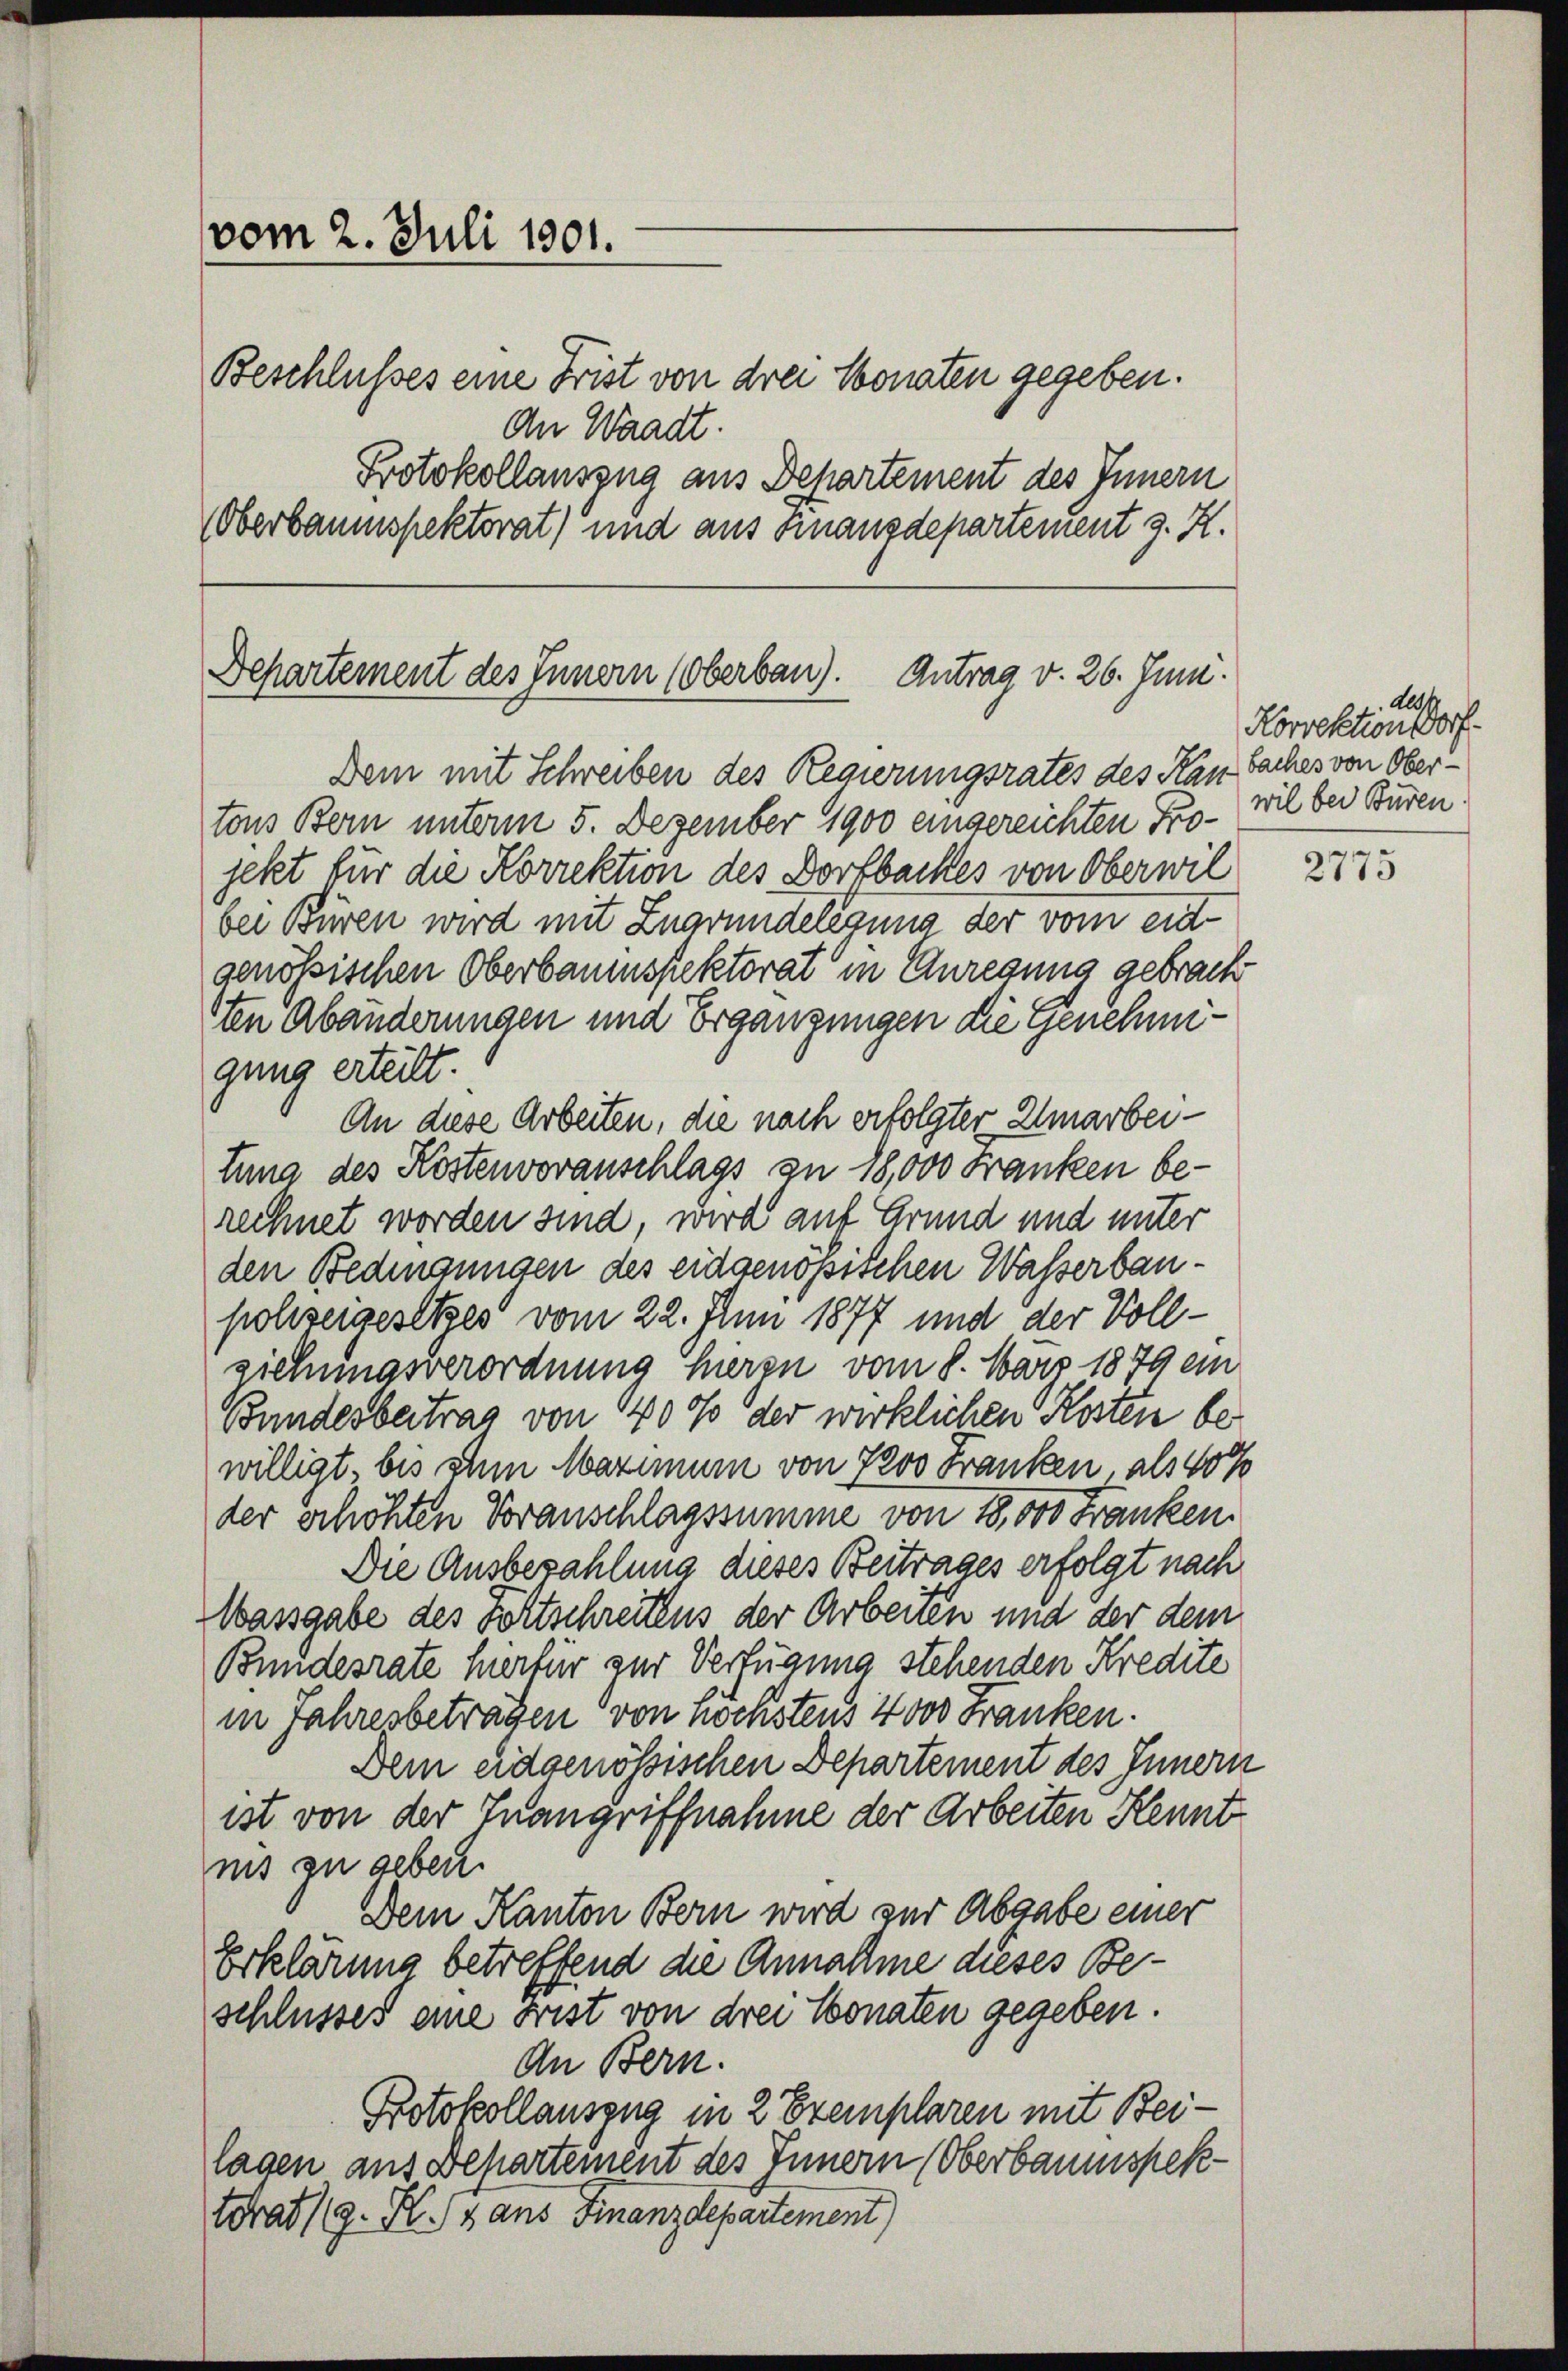
vom 2. Juli 1901.
An Waadt.

Departement des Innern (Oberbau). Antrag v. 26. Juni.

Beschlusses eine Frist von drei Monaten gegeben.
Protokollauszug aus Behartement des Innern
Oberbaumspektorat) und aus Finanzdepartement z. K.

Dem mit Schreiben des Regierungsrates des Kanbaches von Obertons Bern unterm 5. Dezember 1900 eingereichten Pro-wil bei Buren
jekt für die Korrektion des Dorfbackes von Oberwil
bei Büren wird mit Zugrundelegung der vom eidgenössischen Oberbaumspektorat in Anregung gebracht
1ten Abänderungen und Ergänzungen die Genehmigung erteilt.
An diese Arbeiten, die nach erfolgter Umarbeituna des Köstenvoranschlags zu 18,000 Franken berechnet worden sind, wird auf Grund und unter
den Bedingungen des eidgenopischen Wasserbaupolizeigesetzes vom 22. Juni 1877 und der Vollziehungsverordnung Herrn vom 8. März 1879 ein
Bundesbeitrag von 140 % der wirklichen Kosten bewilligt bis ihm Maximum von 7200 Franken, als 10 %
der erhöhten Voranschlagssumme von 18,000 Franken.
Die Ausbezahlung dieses Beitrages erfolgt nach
Wassgabe des Fortschreitens der Arbeiten und der dem
Bundesrate hierfür zur Verfügung stehenden Kredite
in Jahresbeträgen von nöchstens 4000 Franken.
Dem eidgenössischen Departement des Innern
ist von der Tuangriffnahme der Arbeiten Kennt
nis zu geben.
Dem Kanton Bern wird zur Abgabe einer
Erklärung betreffend die Annahme dieses Beschlusses eine Frist von drei Monaten gegeben.
An Bern.
Protokollauszug in 2 Exemplaren mit Beilagen aus Departement des Innern (Oberbaumspektorat (9. N. 4 aus Finanzdepartement)

Als
Korrektion dorf.

2775